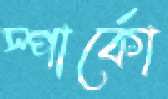
স্পার্কো